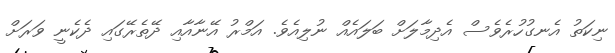
ނިކަތު އެނގުހުރެވެސް އެދިމާލަށް ބަލައެއް ނުލިއެވެ. އަމްރު އޭނާއާއި ދޭތެރޭގައި ދެކެނީ ވަރަށް